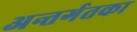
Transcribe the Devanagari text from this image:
अन्तर्गतका